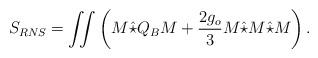
LaTeX: \begin{align*}S_{RNS}=\int\!\!\!\int\left(M\hat{\star}Q_BM+\frac{2g_o}{3}M\hat{\star}M\hat{\star}M\right). \end{align*}